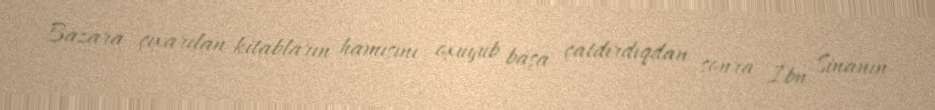
Bazara çıxarılan kitabların hamısını oxuyub başa çatdırdıqdan sonra İbn Sinanın